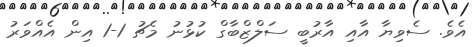
އެވެ. ސެވިޔާ އާއި އާރުބީ ސަލްޒްބާގް ކުޅުނު މެޗު 1-1 އިން އެއްވަރު